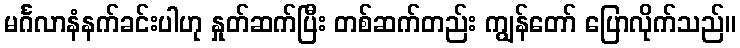
မင်္ဂလာနံနက်ခင်းပါဟု နှုတ်ဆက်ပြီး တစ်ဆက်တည်း ကျွန်တော် ပြောလိုက်သည်။